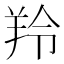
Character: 羚